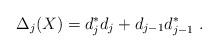
LaTeX: \begin{align*}\Delta_j(X)=d_j^*d_j+d_{j-1}d_{j-1}^*\ .\end{align*}